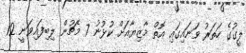
ލީގުގެ ހަތަރު ވަނައިގައި އޮތް މާޒިޔާއަށް ކުޅުނު 7 މެޗުން ލިބިފައިވަނީ 12